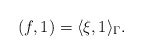
\begin{align*}(f, 1) =\langle \xi, 1\rangle_\Gamma.\end{align*}